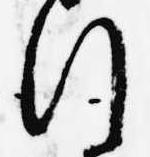
行